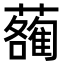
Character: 𧃄